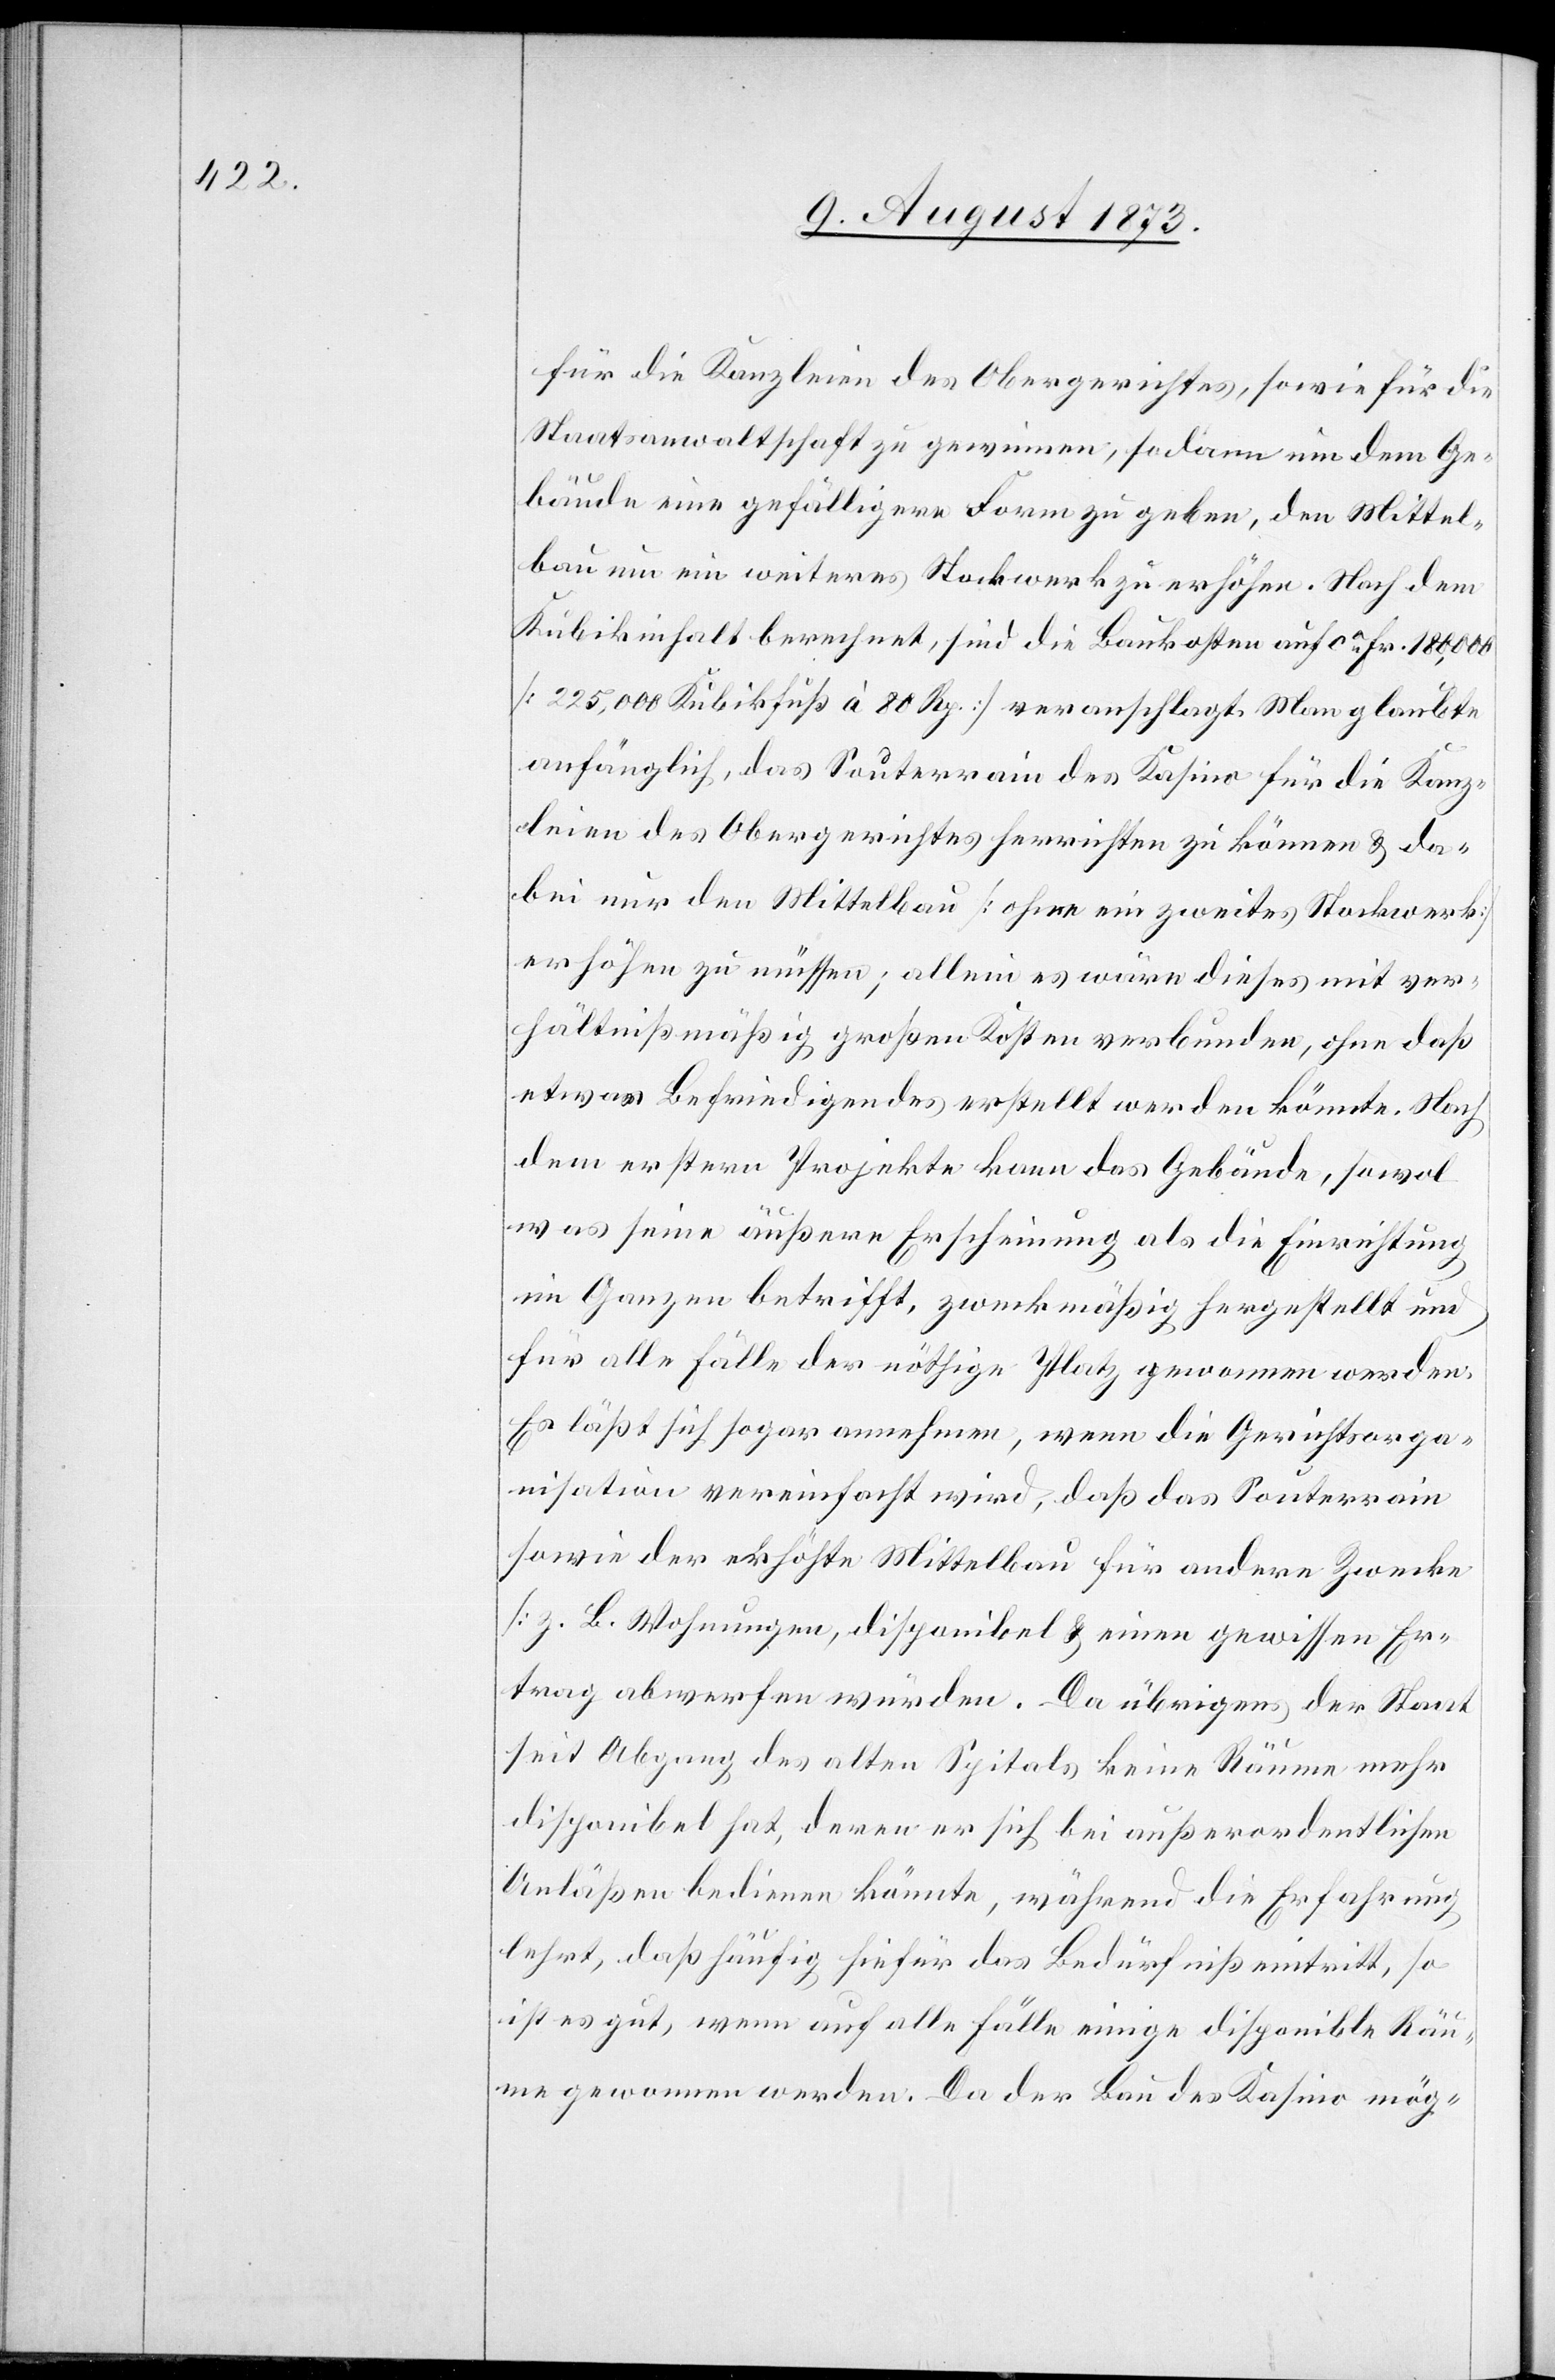
für die Kanzleien des Obergerichtes, sowie für die
Staatsanwaltschaft zu gewinnen, sodann um dem Ge¬
bäude eine gefälligere Form zu geben, den Mittel¬
bau um ein weiteres Stockwerk zu erhöhen. Nach dem
Kubikinhalt berechnet, sind die Baukosten auf ca Fr. 180,000
[225,000 Kubikfuß à 80 Rp.] veranschlagt. Man glaubte
anfänglich, das Souterrain des Kasino für die Kanz¬
leien des Obergerichtes herrichten zu können & da¬
bei nur den Mittelbau [ohne ein zweites Stockwerk]
erhöhen zu müssen; allein es wäre dieses mit ver¬
hältnißmäßig großen Kosten verbunden, ohne daß
etwas Befriedigendes erstellt werden könnte. Nach
dem erstern Projekte kann das Gebäude, sowol
was seine äußere Erscheinung als die Einrichtung
im Ganzen betrifft, zweckmäßig hergestellt und
für alle Fälle der nöthige Platz genommen werden.
Es läßt sich sogar annehmen, wenn die Gerichtsorga¬
nisation vereinfacht wird, daß das Souterrain
sowie der erhöhte Mittelbau für andere Zwecke
[z. B. Wohnungen] disponibel & einen gewissen Er¬
trag abwerfen würden. Da übrigens der Staat
seit Abgang des alten Spitals keine Räume mehr
disponibel hat, deren er sich bei außerordentlichen
Anläßen bedienen könnte, während die Erfahrung
lehrt, daß häufig hiefür das Bedürfniß eintritt, so
ist es gut, wenn auf alle Fälle einige disponible Räu¬
me gewonnen werden. Da der Bau des Kasino mög-